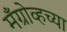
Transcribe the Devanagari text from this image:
मँग्रोव्हच्या